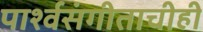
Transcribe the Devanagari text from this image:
पार्श्‍वसंगीताचीही